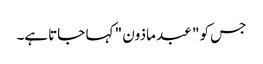
جس کو " عبد ماذون " کہا جاتاہے۔